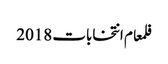
فلمعام انتخابات 2018